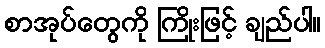
စာအုပ်တွေကို ကြိုးဖြင့် ချည်ပါ။